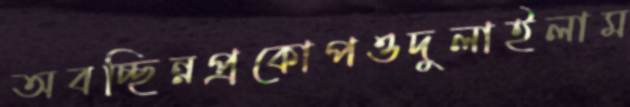
অবচ্ছিন্নপ্রকোপওদুলাইলাম